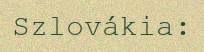
Szlovákia: